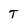
Character: T